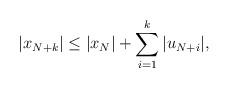
LaTeX: \begin{align*}|x_{N+k}|\le |x_N| +\sum_{i=1}^k|u_{N+i}|,\end{align*}